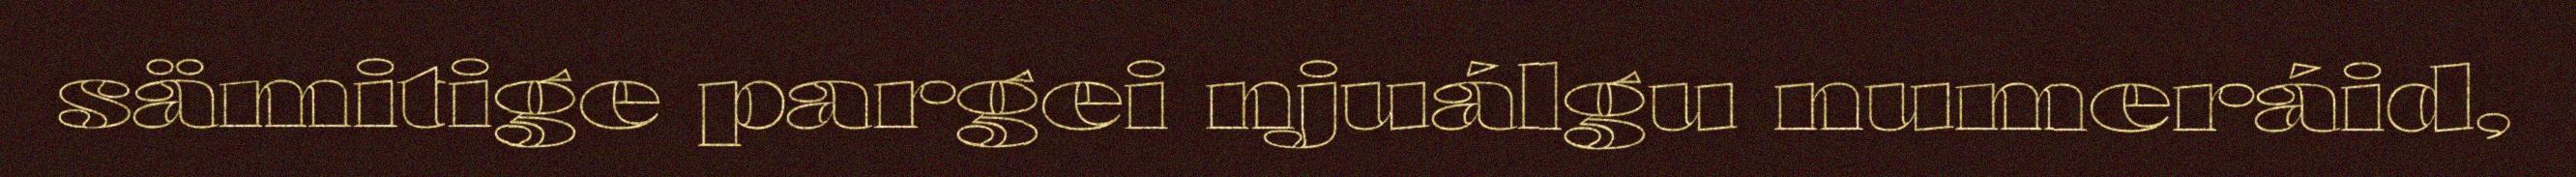
sämitige pargei njuálgu numeráid,